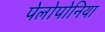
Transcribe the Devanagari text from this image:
पेलोपोनिया